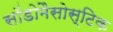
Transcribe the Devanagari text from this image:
सॉडोमैसोस्टिक